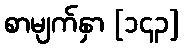
စာမျက်နှာ [၁၄၃]